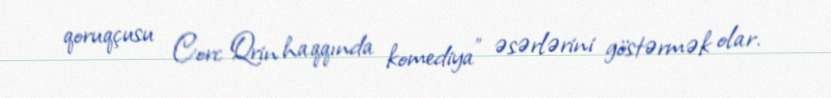
qoruqçusu Corc Qrin haqqında komediya" əsərlərini göstərmək olar.